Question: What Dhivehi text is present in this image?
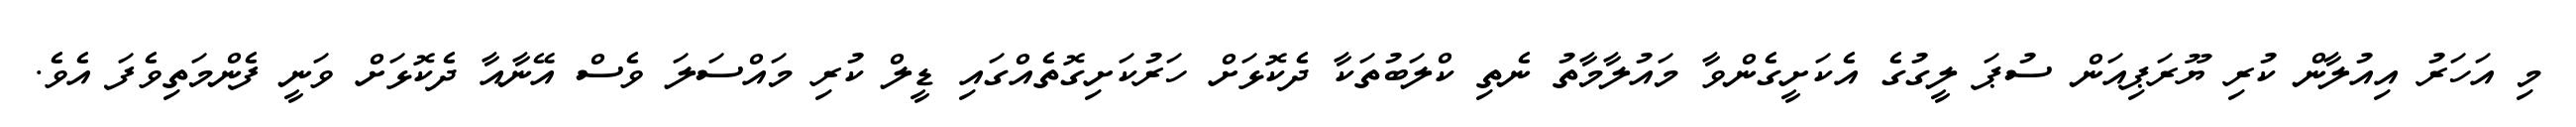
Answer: މި އަހަރު އިއުލާން ކުރި ޔޫރަޕިއަން ސުޕަ ލީގުގެ އެކަށީގެންވާ މައުލާމާތު ނެތި ކްލަބުތަކާ ދެކޮޅަށް ހަރުކަށިގޮތެއްގައި ޑީލް ކުރި މައްސަލަ ވެސް އޭނާއާ ދެކޮޅަށް ވަނީ ފެންމަތިވެފަ އެވެ.